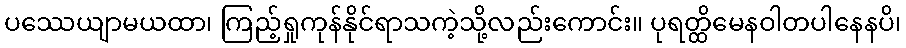
ပဿေယျာမယထာ၊ ကြည့်ရှုကုန်နိုင်ရာသကဲ့သို့လည်းကောင်း။ ပုရတ္ထိမေနဝါတပါနေနပိ၊